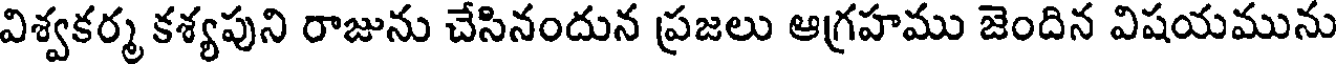
విశ్వకర్మ కశ్యపుని రాజును చేసినందున ప్రజలు ఆగ్రహము జెందిన విషయమును